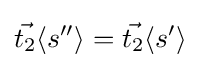
{\vec {t_{2}}}\langle s''\rangle ={\vec {t_{2}}}\langle s'\rangle